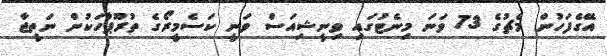
އޭގެފަހުން މެޗުގެ 73 ވަނަ މިނެޓުގައި ވިނީޝިއަސް ވަނީ ކަސެމީރޯގެ ތުރޫޕާހަކުން ނަތީޖާ